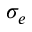
\sigma _ { e }